Report of an investigation of the epidemic of malarial fever in Assam, or, kala-azar
Disease focus: Malaria
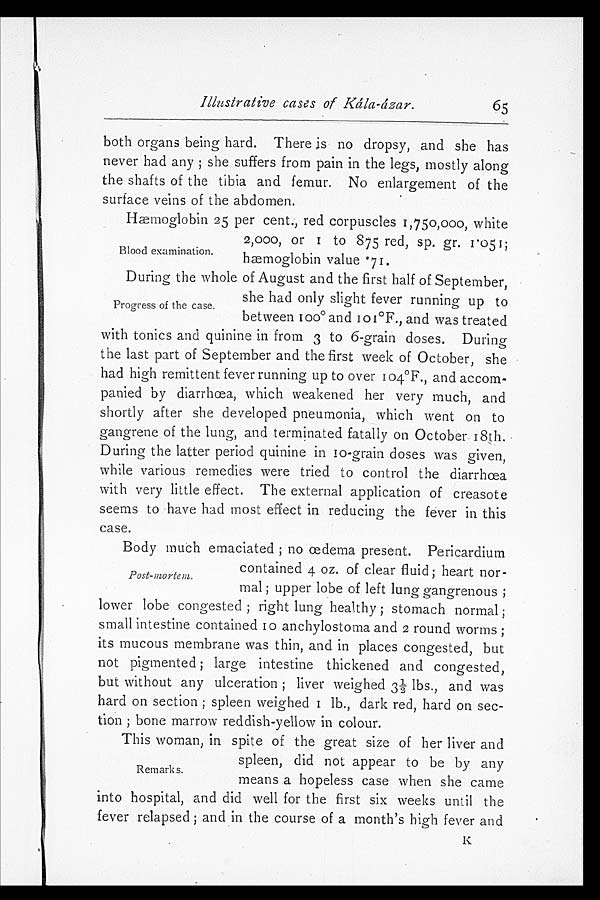
I l l u s t r a t i v e c a s e s o f K á l a - á z a r .
both organs being hard. There is no dropsy, and she has
never had any; she suffers from pain in the legs, mostly along
the shafts of the tibia and femur. No enlargement of the
surface veins of the abdomen.
Hæmoglobin 25 per cent., red corpuscles 1,750,000, white
2, 000, or 1 t o 875 r ed, sp. gr . 1. 051;
hæmoglobin value °71.
During the whole of August and the first half of September,
she had only slight fever running up to
between 100° and 101°F., and was treated
with tonics and quinine in from 3 to 6-grain doses. During
the last part of September and the first week of October, she
had high remittent fever running up to over 104°F., and accom-
panied by diarrhœa, which weakened her very much, and
shortly after she developed pneumonia, which went on to
gangrene of the lung, and terminated fatally on October 18th.
During the latter period quinine in 10-grain doses was given,
while various remedies were tried to control the diarrhœa
with very little effect. The external application of creasote
seems to have had most effect in reducing the fever in this
case.
Body much emaciated; no œdema present. Pericardium
contained 4 oz. of clear fluid; heart nor-
mal; upper lobe of left lung gangrenous;
lower lobe congested; right lung healthy; stomach normal;
small intestine contained 10 anchylostoma and 2 round worms;
its mucous membrane was thin, and in places congested, but
not pigmented; large intestine thickened and congested,
but without any ulceration; liver weighed 3½ lbs., and was
hard on section; spleen weighed 1 lb., dark red, hard on sec
- t i o n ; b o n e m a r r o w r e d d i s h - y e l l o w i n c o l o u r .
This woman, in spite of the great size of her liver and
spleen, did not appear to be by any
means a hopeless case when she came
into hospital, and did well for the first six weeks until the
fever relapsed; and in the course of a month's high fever and
65
Blood examination.
Progress of the case.
Post-mortem.
Remarks.